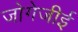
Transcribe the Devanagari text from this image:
जोगेजीई